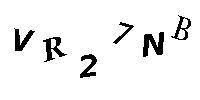
VR27NB